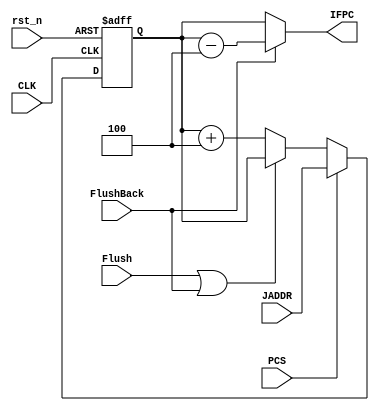
module IF(input wire CLK,rst_n,PCS,Flush,FlushBack,
          input wire[31:0] JADDR,
          output wire[31:0] IFPC);

    wire[31:0] NextPC;
    reg[31:0] PC;

    always @(posedge CLK or negedge rst_n)begin
        if(!rst_n)PC<=32'b0;
        else PC<=NextPC;
    end

    assign NextPC=PCS?JADDR:((Flush|FlushBack)?PC:(PC+3'b100));
    assign IFPC=FlushBack?(PC-3'b100):PC;

endmodule